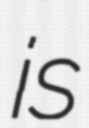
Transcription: is